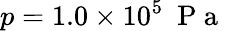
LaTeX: p=1.0\times 10^{5}~\mathrm{~P~a~}